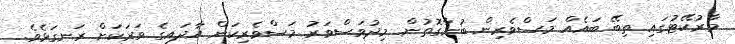
މާރުކޭޓުގައި ތިބޭ ބައެއް މަސްވެރިން ބުނާގޮތުން މިދުވަސްވަރު މަސްވެރިކަން އާދައިގެ ވަރަކަށް ރަނގަޅެވެ.